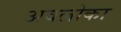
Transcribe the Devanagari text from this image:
अवलोका